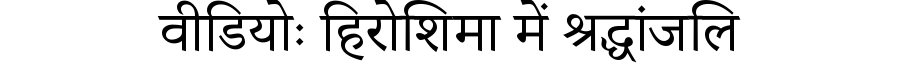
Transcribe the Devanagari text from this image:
वीडियोः हिरोशिमा में श्रद्धांजलि